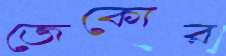
জেকোর